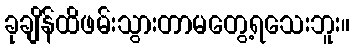
ခုချိန်ထိဖမ်းသွားတာမတွေ့ရသေးဘူး။